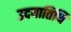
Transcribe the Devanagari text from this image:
उदयातिथि